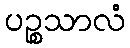
ပဉ္စသာလံ